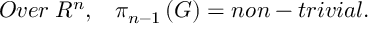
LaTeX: O v e r \; R ^ { n } , \; \; \; \pi _ { n - 1 } \left( G \right) = n o n - t r i v i a l .